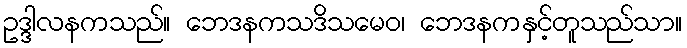
ဥဒ္ဒါလနကသည်။ ဘေဒနကသဒိသမေဝ၊ ဘေဒနကနှင့်တူသည်သာ။